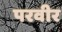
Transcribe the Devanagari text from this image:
परवीर